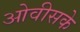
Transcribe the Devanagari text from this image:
ओवीसके